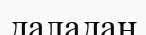
даладан